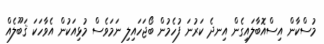
މުސްކާން އިސްއޮބާލައިގެން އިނދެ ކަރުނަ ފުހެމުން ބޯޖަހައިލި ނަމަވެސް މުޅިއަކުން އެވާހަކަ ޤަބޫލެއް